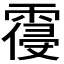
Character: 𲊃